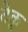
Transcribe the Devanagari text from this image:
टेकु